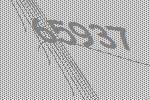
65937